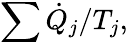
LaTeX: \sum{\dot{Q}}_{j}/T_{j},